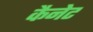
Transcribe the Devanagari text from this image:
कैनेट